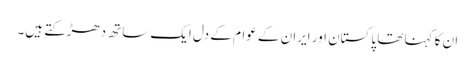
ان کا کہنا تھا پاکستان اور ایران کے عوام کے دل ایک ساتھ دھڑکتے ہیں۔